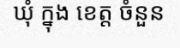
ឃុំ ក្នុង ខេត្ត ចំនួន